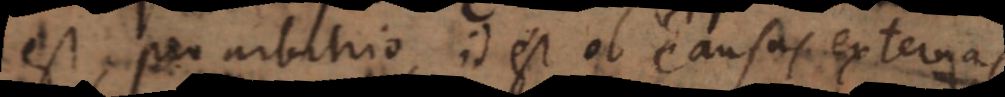
est; pro arbitrio id est ob causas externas.